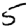
Digit: 5